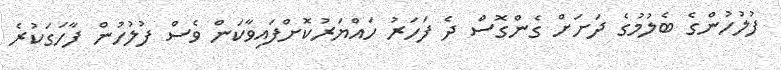
ފުލުހުންގެ ބެލުމުގެ ދަށަށް ގެންގޮސް ދެ ފަހަރު ހައްޔަރުކޮށްފައިވާކަން ވެސް ފުލުހުން ފާހަގަކުރެ